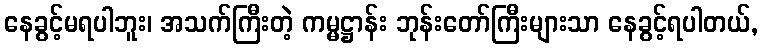
နေခွင့်မရပါဘူး၊ အသက်ကြီးတဲ့ ကမ္မဋ္ဌာန်း ဘုန်းတော်ကြီးများသာ နေခွင့်ရပါတယ်,